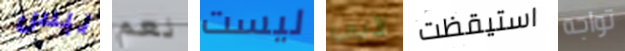
ليس نعم ليست لأبي استيقظت تواجه